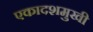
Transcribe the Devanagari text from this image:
एकादशमुखी